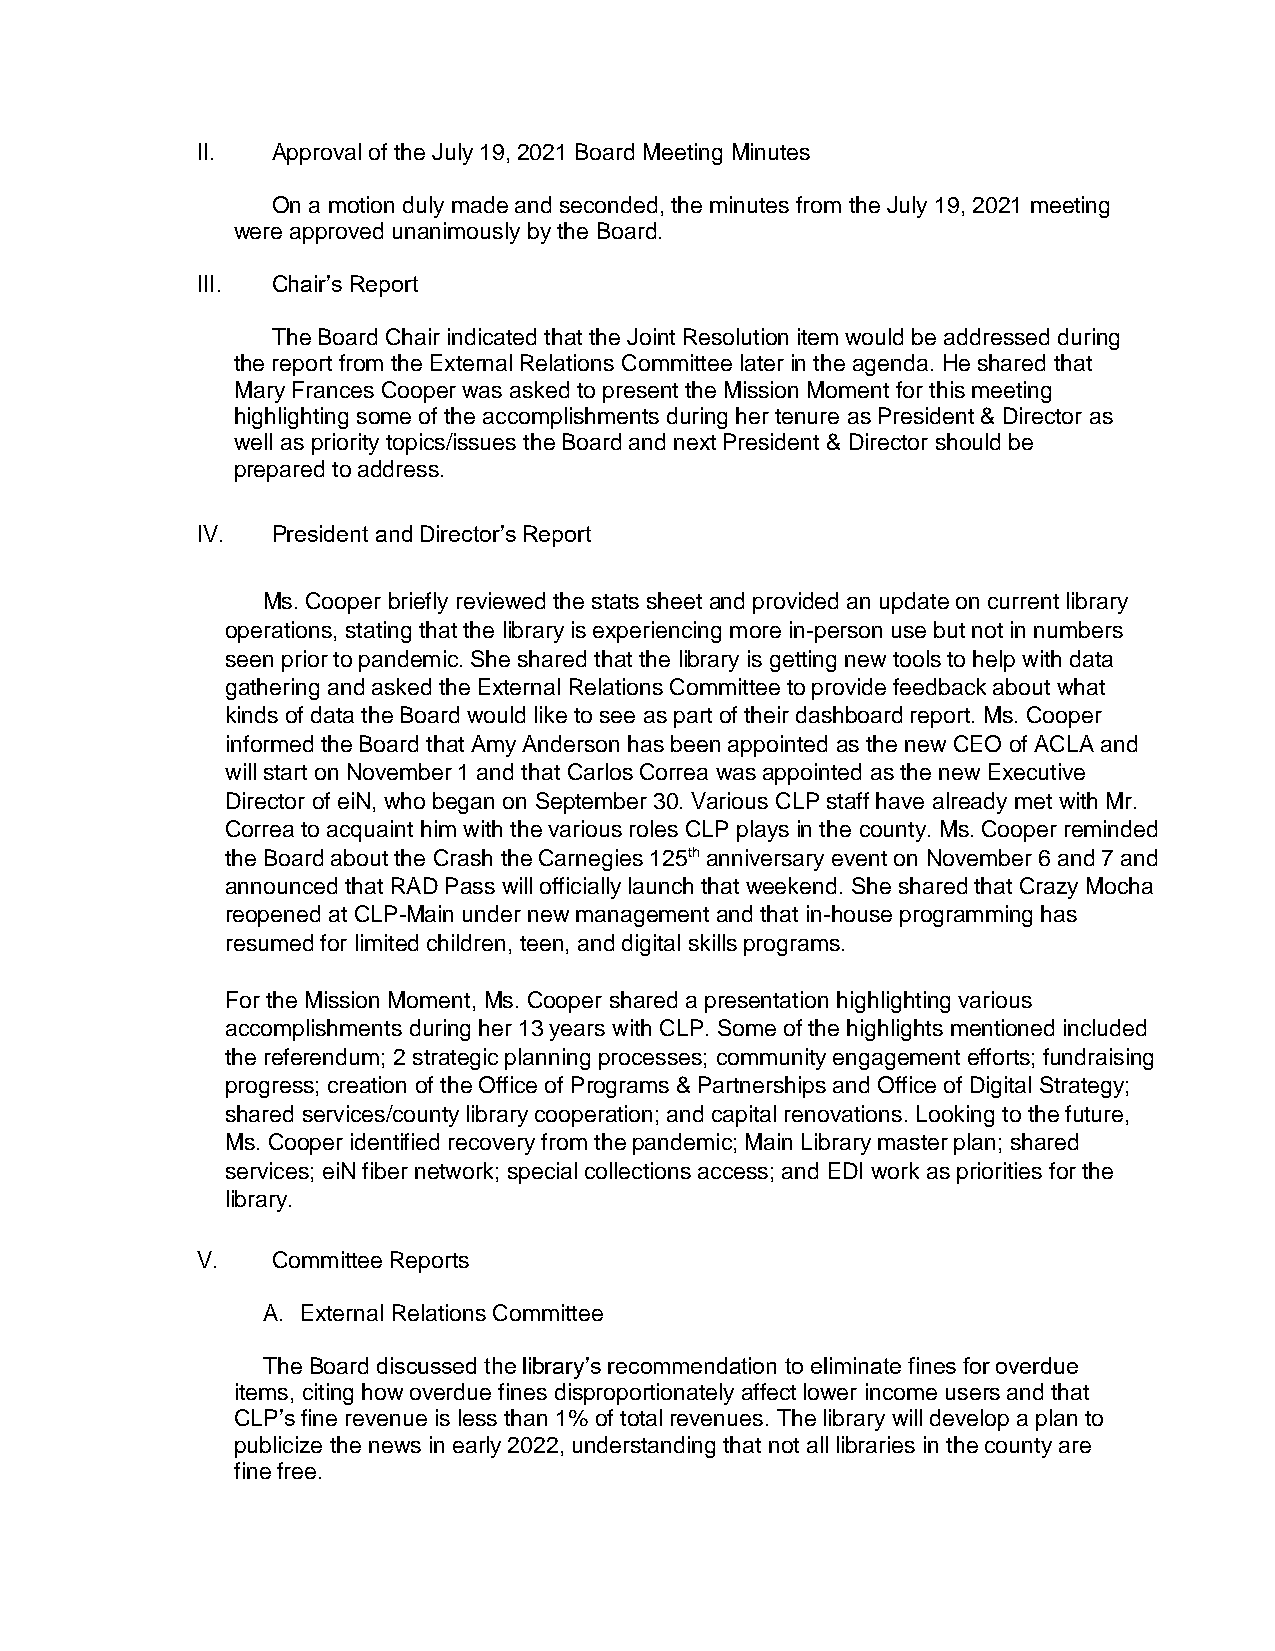
II.  Approval of the July 19, 2021 Board Meeting Minutes
 On a motion duly made and seconded, the minutes from the July 19, 2021 meeting
 were approved unanimously by the Board.
 III. Chair’s Report
 The Board Chair indicated that the Joint Resolution item would be addressed during
 the report from the External Relations Committee later in the agenda. He shared that
 Mary Frances Cooper was asked to present the Mission Moment for this meeting
 highlighting some of the accomplishments during her tenure as President & Director as
 well as priority topics/issues the Board and next President & Director should be
 prepared to address.
 IV.  President and Director’s Report
 Ms. Cooper briefly reviewed the stats sheet and provided an update on current library
 operations, stating that the library is experiencing more in-person use but not in numbers
 seen prior to pandemic. She shared that the library is getting new tools to help with data
 gathering and asked the External Relations Committee to provide feedback about what
 kinds of data the Board would like to see as part of their dashboard report. Ms. Cooper
 informed the Board that Amy Anderson has been appointed as the new CEO of ACLA and
 will start on November 1 and that Carlos Correa was appointed as the new Executive
 Director of eiN, who began on September 30. Various CLP staff have already met with Mr.
 Correa to acquaint him with the various roles CLP plays in the county. Ms. Cooper reminded
 the Board about the Crash the Carnegies 125th anniversary event on November 6 and 7 and
 announced that RAD Pass will officially launch that weekend. She shared that Crazy Mocha
 reopened at CLP-Main under new management and that in-house programming has
 resumed for limited children, teen, and digital skills programs.
 For the Mission Moment, Ms. Cooper shared a presentation highlighting various
 accomplishments during her 13 years with CLP. Some of the highlights mentioned included
 the referendum; 2 strategic planning processes; community engagement efforts; fundraising
 progress; creation of the Office of Programs & Partnerships and Office of Digital Strategy;
 shared services/county library cooperation; and capital renovations. Looking to the future,
 Ms. Cooper identified recovery from the pandemic; Main Library master plan; shared
 services; eiN fiber network; special collections access; and EDI work as priorities for the
 library.
 V.   Committee Reports
 A. External Relations Committee
 The Board discussed the library’s recommendation to eliminate fines for overdue
 items, citing how overdue fines disproportionately affect lower income users and that
 CLP’s fine revenue is less than 1% of total revenues. The library will develop a plan to
 publicize the news in early 2022, understanding that not all libraries in the county are
 fine free.